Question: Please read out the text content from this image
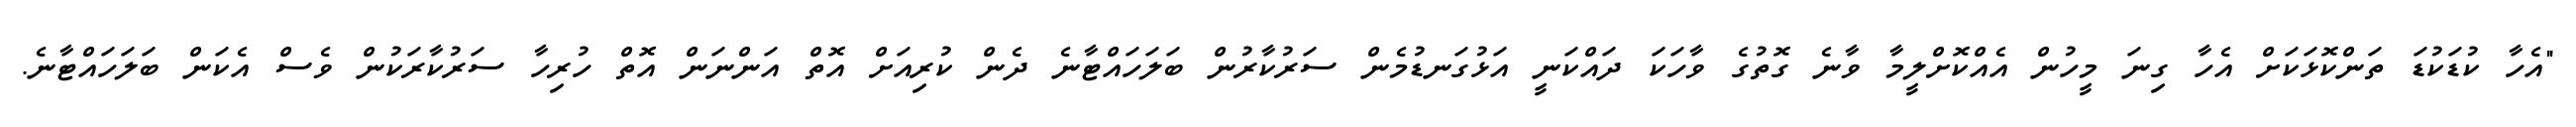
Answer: "އެހާ ކުޑަކުޑަ ތަންކޮޅަކަށް އެހާ ގިނަ މީހުން އެއްކޮށްލީމާ ވާނެ ގޮތުގެ ވާހަކަ ދައްކަނީ އަޅުގަނޑުމެން ސަރުކާރުން ބަލަހައްޓާނެ ދެން ކުރިއަށް އޮތް އަންނަން އޮތް ހުރިހާ ސަރުކާރަކުން ވެސް އެކަން ބަލަހައްޓާނެ.